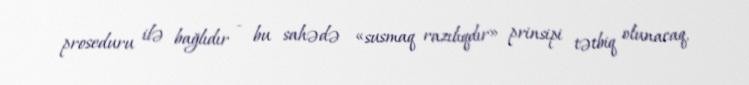
proseduru ilə bağlıdır - bu sahədə «susmaq razılıqdır» prinsipi tətbiq olunacaq,